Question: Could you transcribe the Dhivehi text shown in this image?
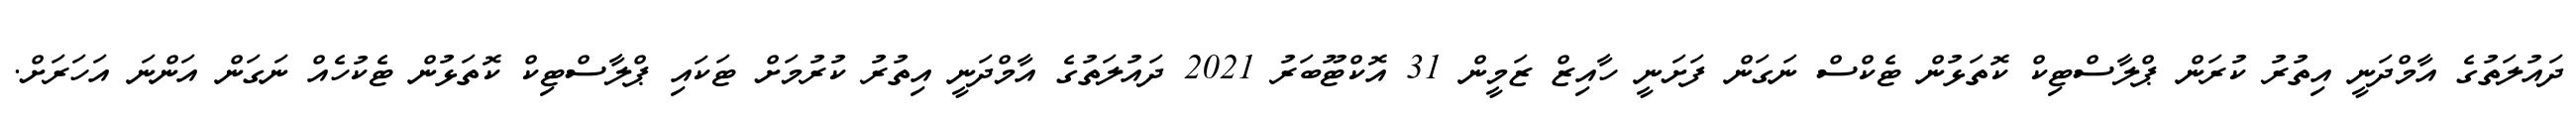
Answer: ދައުލަތުގެ އާމްދަނީ އިތުރު ކުރަން ޕްލާސްޓިކް ކޮތަޅުން ޓެކްސް ނަގަން ފަށަނީ ހާއިޒް ޒަމީން 31 އޮކްޓޫބަރު 2021 ދައުލަތުގެ އާމްދަނީ އިތުރު ކުރުމަށް ޓަކައި ޕްލާސްޓިކް ކޮތަޅުން ޓެކުހެއް ނަގަން އަންނަ އަހަރަށް.